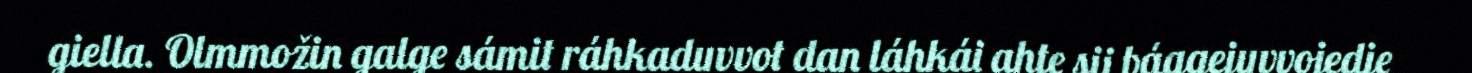
giella. Olmmožin galge sámit ráhkaduvvot dan láhkái ahte sii bággejuvvojedje